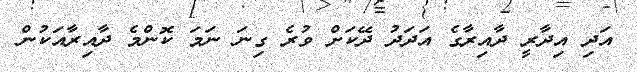
އަދި އިދާރީ ދާއިރާގެ އަދަދު ދޭކަށް ވުރެ ގިނަ ނަމަ ކޮންމެ ދާއިރާއަކުން